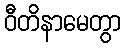
ဝီတိနာမေတွာ